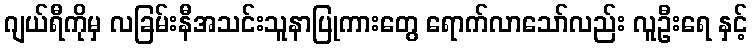
ဂျယ်ရီကိုမှ လခြမ်းနီအသင်းသူနာပြုကားတွေ ရောက်လာသော်လည်း လူဦးရေ နှင့်